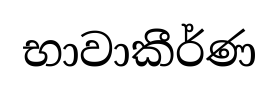
භාවාකීර්ණ